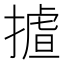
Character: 𢳛